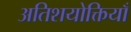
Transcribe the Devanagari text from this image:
अतिशयोक्तियाँ